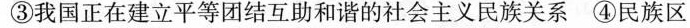
③我国正在建立平等团结互助和谐的社会主义民族关系 ④民族区